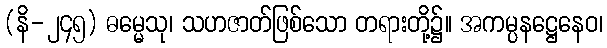
(နိ-၂၄၅) ဓမ္မေသု၊ သဟဇာတ်ဖြစ်သော တရားတို့၌။ အကမ္ပနဋ္ဌေနေဝ၊